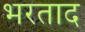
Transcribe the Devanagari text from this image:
भरताद